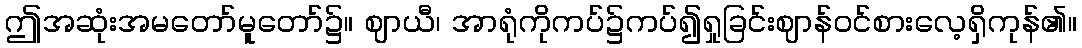
ဤအဆုံးအမတော်မူတော်၌။ ဈာယီ၊ အာရုံကိုကပ်၌ကပ်၍ရှုခြင်းဈာန်ဝင်စားလေ့ရှိကုန်၏။